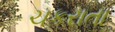
ચકરાતા